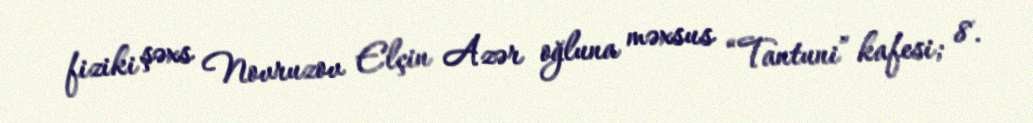
fiziki şəxs Novruzov Elçin Azər oğluna məxsus “Tantuni” kafesi; 8.